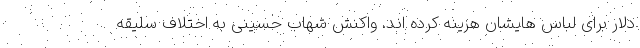
دلار برای لباس هایشان هزینه کرده اند. واکنش شهاب حسینی به اختلاف سلیقه